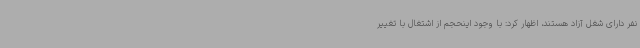
نفر دارای شغل آزاد هستند، اظهار کرد: با وجود اینحجم از اشتغال با تغییر